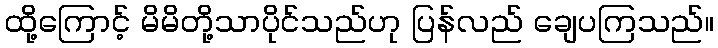
ထို့ကြောင့် မိမိတို့သာပိုင်သည်ဟု ပြန်လည် ချေပကြသည်။